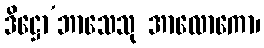
ဒိဋ္ဌော’ဘာသေသု အာလောကော၊